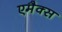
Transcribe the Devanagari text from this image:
एमैक्स